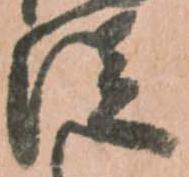
従